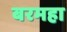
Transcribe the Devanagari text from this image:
बरमहा